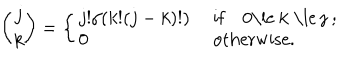
{ \binom { j } { k } } = \left\{ \left\{ \begin{cases} { { j ! / ( k ! ( j - k ) ! ) } } & { { i f 0 \le k \le j ; } } \\ { { 0 } } & { { o t h e r w i s e . } } \\ \end{cases} \right. \right.